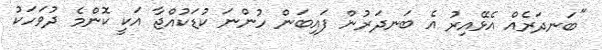
"ބަނދަރެއް އެޅޭއިރު އެ ބަނދަރުން ފައިބަން ހުންނަ ކުޑަކުއްޖާ އަކީ ކޮންމެ ދުވަހަކު